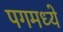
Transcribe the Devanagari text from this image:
पगमध्ये